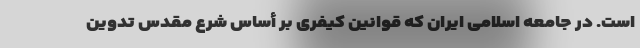
است. در جامعه اسلامی ایران که قوانین کیفری بر أساس شرع مقدس تدوین